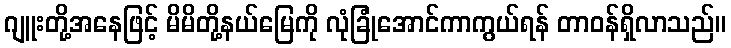
ဂျူးတို့အနေဖြင့် မိမိတို့နယ်မြေကို လုံခြုံအောင်ကာကွယ်ရန် တာဝန်ရှိလာသည်။